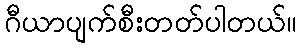
ဂီယာပျက်စီးတတ်ပါတယ်။